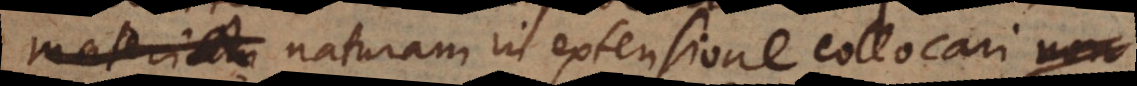
materiam naturam in extensione collocari